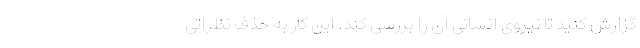
گزارش کنید تا نیروی انسانی آن را بررسی کند. این کار به حذف نظراتی